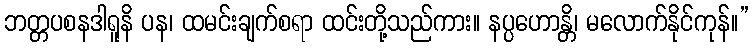
ဘတ္တပစနဒါရူနိ ပန၊ ထမင်းချက်စရာ ထင်းတို့သည်ကား။ နပ္ပဟောန္တိ၊ မလောက်နိုင်ကုန်။”